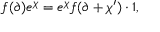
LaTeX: f ( \partial ) e ^ { \chi } = e ^ { \chi } f ( \partial + \chi ^ { \prime } ) \cdot 1 ,